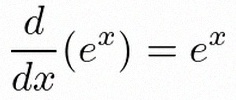
\frac{d}{dx}(e^x)=e^x